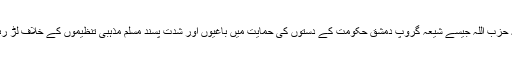
شام کی کئی سالہ خانہ جنگی کے دوران ایرانی فائٹر اور تہران کے حمایت یافتہ حزب اللہ جیسے شیعہ گروپ دمشق حکومت کے دستوں کی حمایت میں باغیوں اور شدت پسند مسلم مذہبی تنظیموں کے خلاف لڑ رہے ہیں تاکہ عسکری سطح پر صدر بشار الاسد کے ہاتھ مضبوط کیے جا سکیں۔